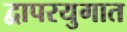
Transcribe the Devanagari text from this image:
द्वापरयुगात